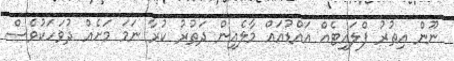
ނޫން އިތުރު ފްލައިޓެއް އައްޑުއައް މާލެއިން ދަތުރު ކުރާ ނަމަ މަށެއް ދުވަހަކުވެސް